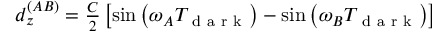
\begin{array} { r } { \small d _ { z } ^ { ( A B ) } = \frac { C } { 2 } \left[ \sin \left( \omega _ { A } T _ { \mathrm { ~ d ~ a ~ r ~ k ~ } } \right) - \sin \left( \omega _ { B } T _ { \mathrm { ~ d ~ a ~ r ~ k ~ } } \right) \right] \, } \end{array}